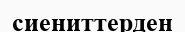
сиениттерден